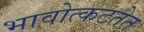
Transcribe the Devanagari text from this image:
भावोत्कटतेत